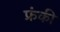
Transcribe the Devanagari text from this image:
फ्रंकी